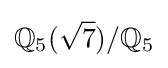
\mathbb {Q} _{5}({\sqrt {7}})/\mathbb {Q} _{5}